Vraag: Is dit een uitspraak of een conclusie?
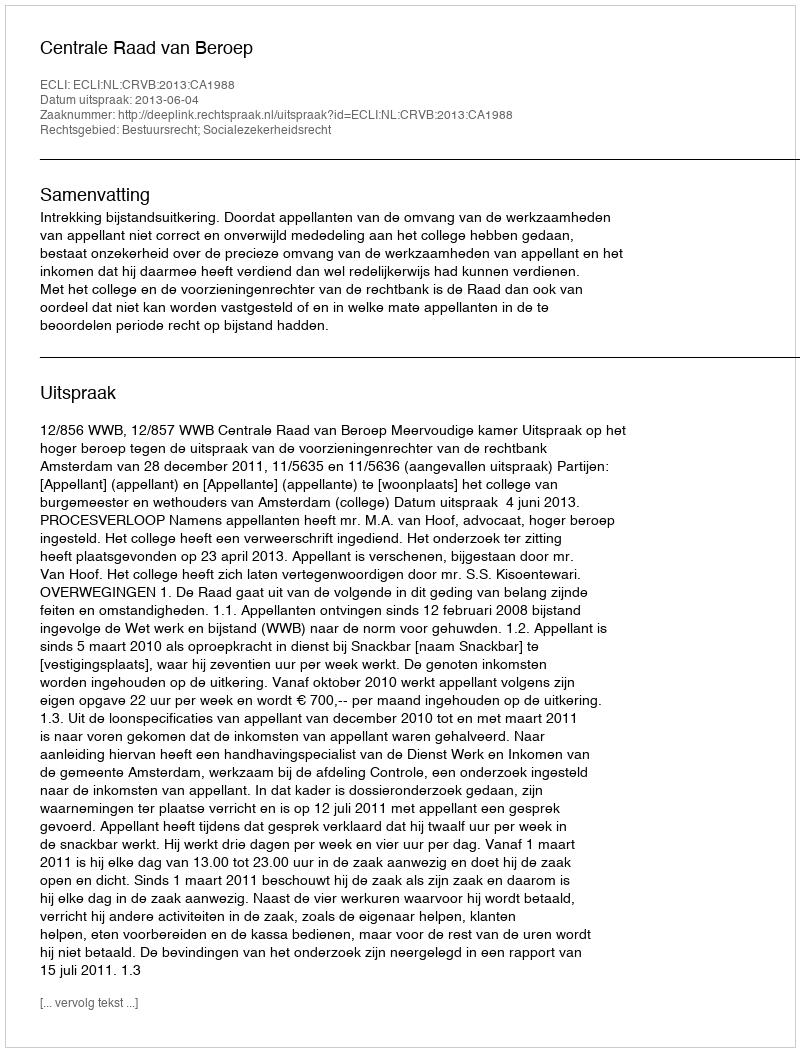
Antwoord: Uitspraak